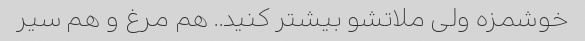
خوشمزه ولی ملاتشو بیشتر کنید.. هم مرغ و هم سیر